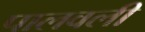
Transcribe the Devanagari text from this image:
पालवली